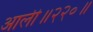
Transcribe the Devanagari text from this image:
आली॥२२०॥